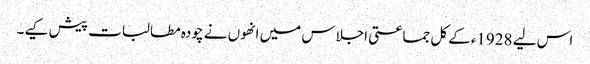
اس لیے 1928ءکے کل جماعتی اجلاس میں انھوں نے چودہ مطالبات پیش کیے۔